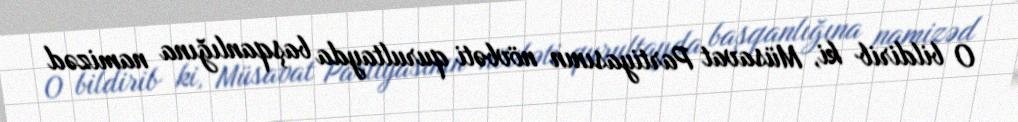
O bildirib ki, Müsavat Partiyasının növbəti qurultayda başqanlığına namizəd